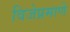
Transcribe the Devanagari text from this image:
विजेप्रमाणे